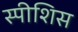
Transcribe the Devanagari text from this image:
स्पीशिस